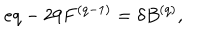
e q - 2 9 F ^ { ( q - 1 ) } = \delta B ^ { ( q ) } ,